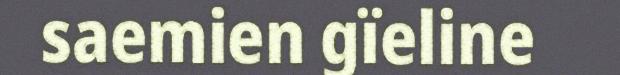
saemien gïeline